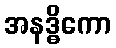
အနဒ္ဓိကော